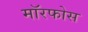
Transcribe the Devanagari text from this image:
मॉरफोस